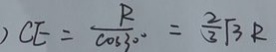
) C E = \frac { R } { \cos 3 0 ^ { \circ } } = \frac { 2 } { 3 } \sqrt { 3 } R